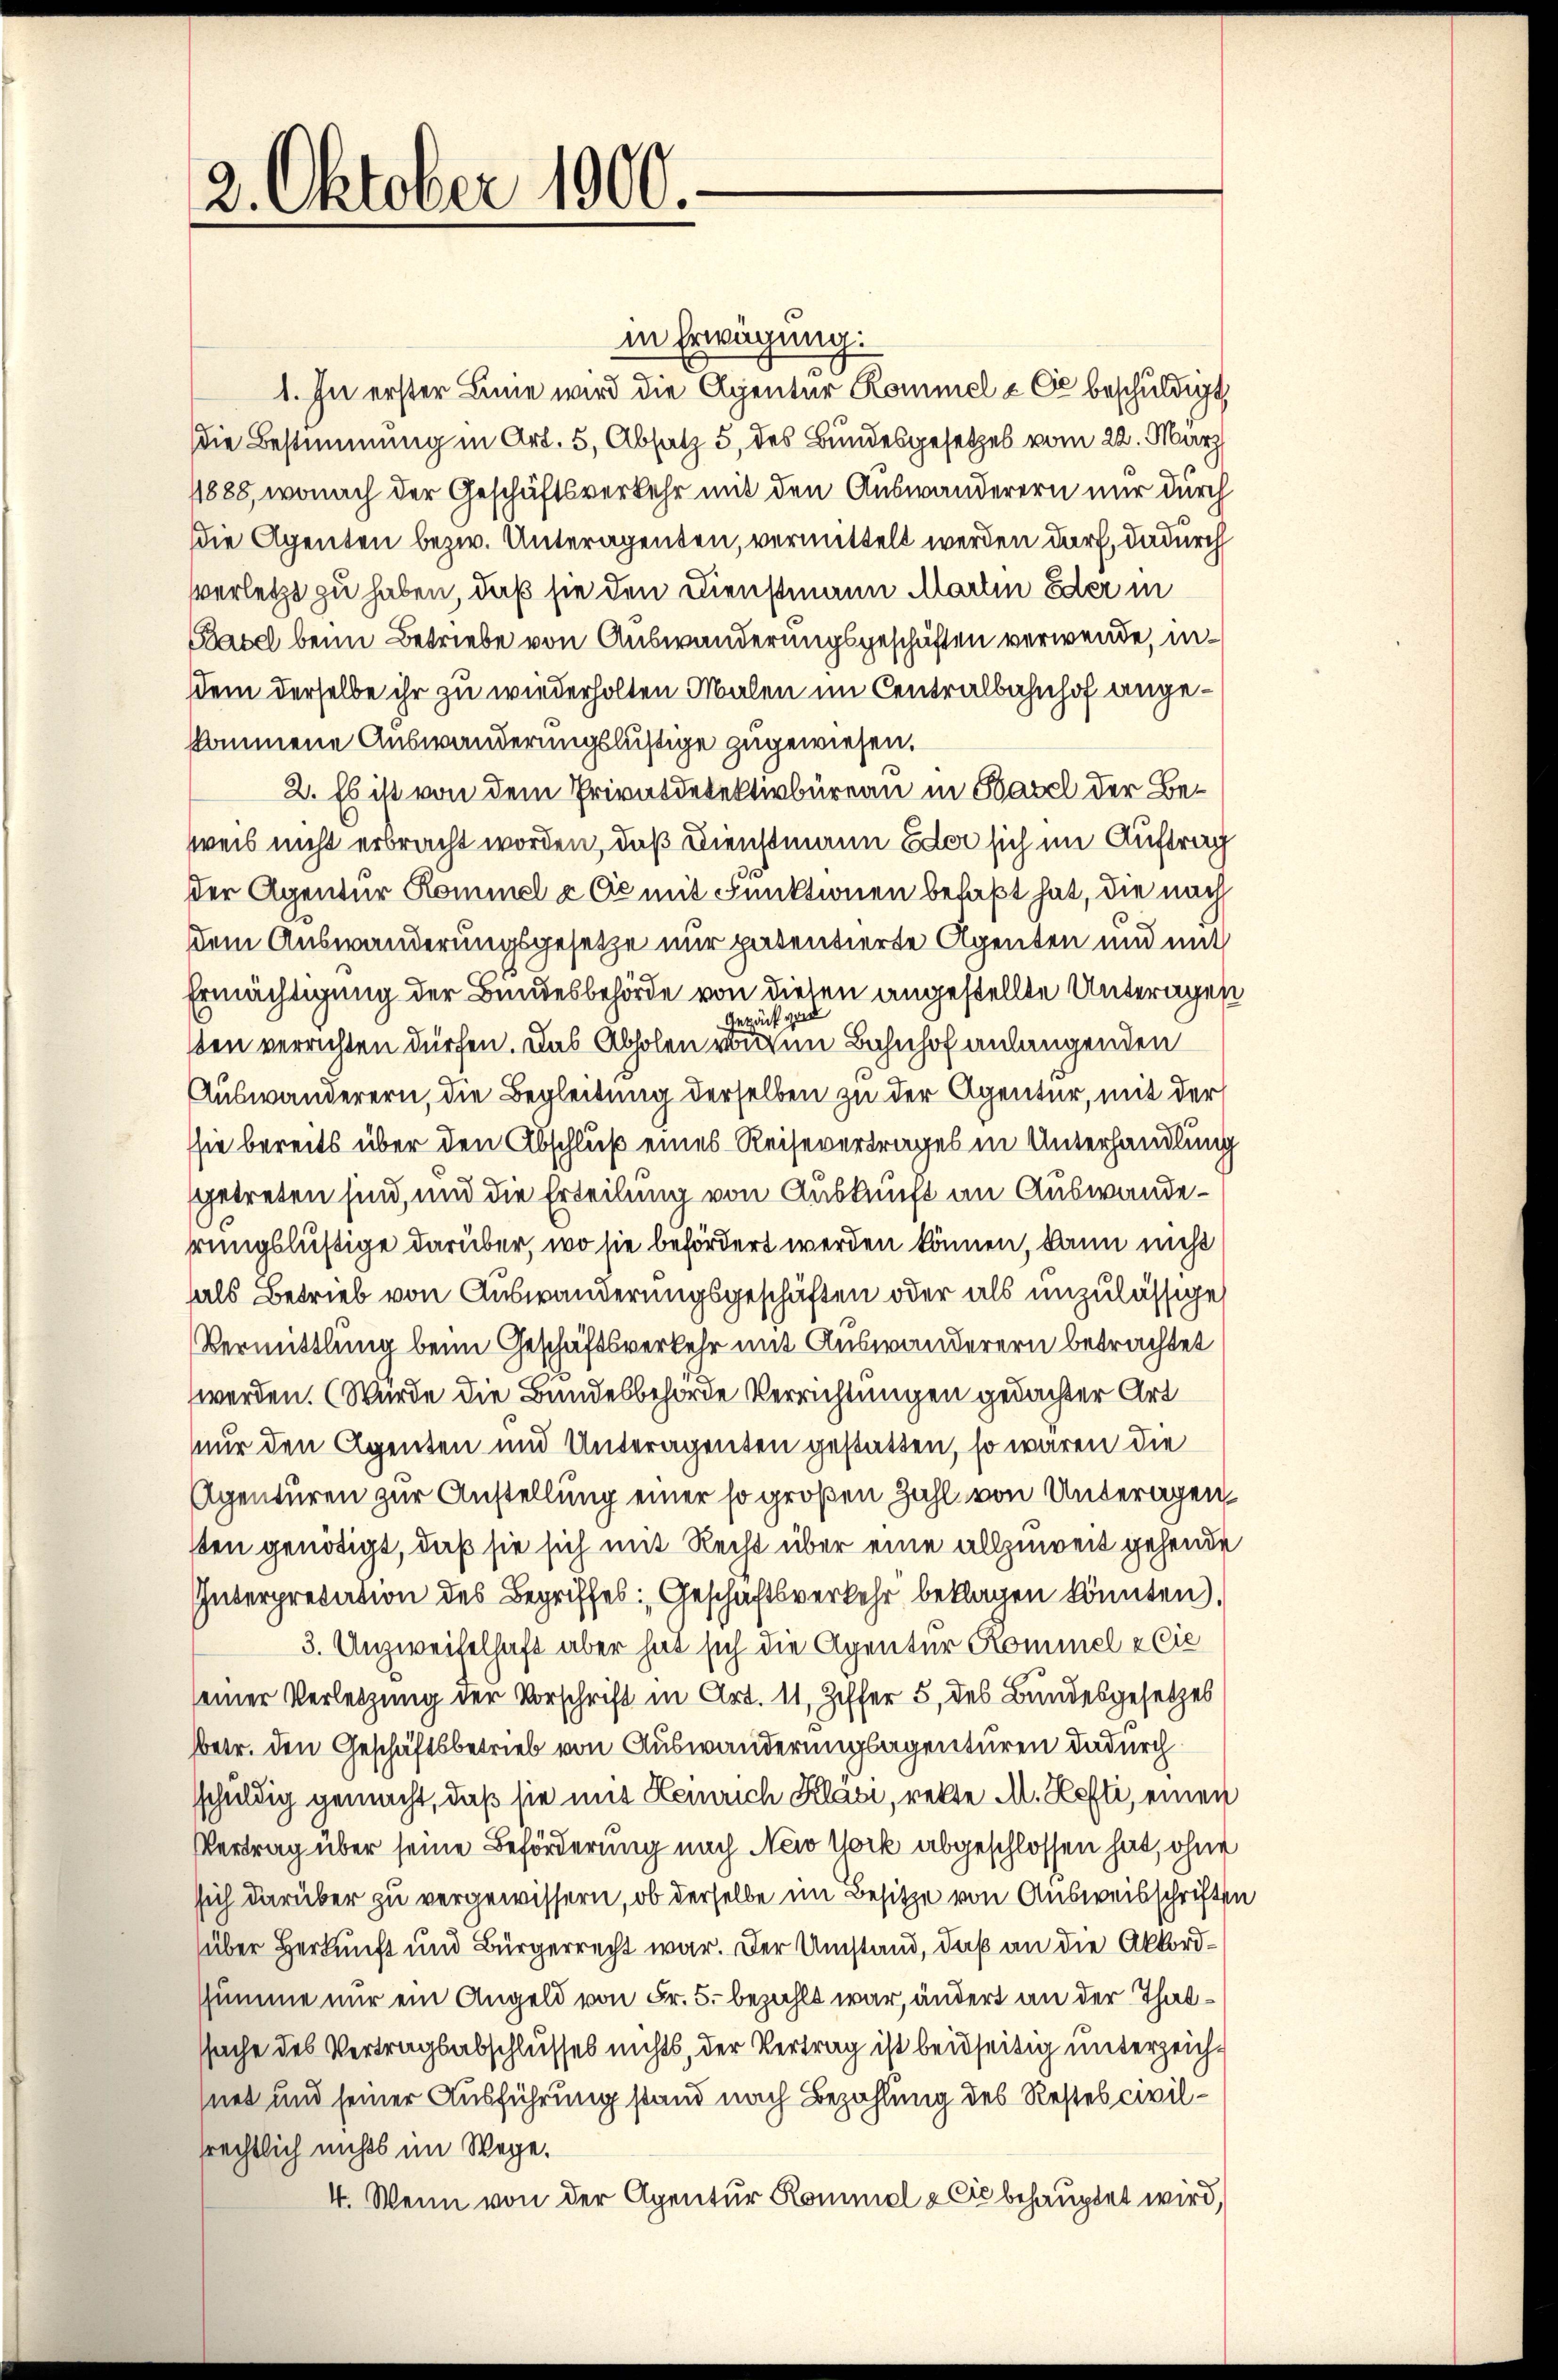
2. Oktober 1900.

in Erwägung:
1. In erster Linie wird die Agentur Kommel & Cie beschuldigt
die Bestimmung in Art. 5, Absatz 5, des Bundesgesetzes vom 22. März
1888, wonach der Geschäftsverkehr mit den Auswanderern nur durch
die Agenten bezw. Unteragenten, vermittelt werden darf, dadurch
verletzt zu haben, daß sie den Dienstmann Martin Eder in
Basel beim Betriebe von Auswanderungsgeschäften verwende, indem derselbe ihr zu wiederholten Malen im Centralbahnhof angekommene Auswanderungslustige zugewiesen.
2. Es ist von dem Privatdelektivbüreau in Basel der Beweis nicht erbracht worden, daß Dienstmann Eder sich im Auftrag
der Agentur Kommel & Cie mit Funktionen befaßt hat, die nach
dem Auswanderungsgesetze nur patentierte Agenten und mit
Ermächtigung der Bundesbehörde von diesen angestellte Unteragen
Gepäck und
sten verrichten dürfen. Das Abholen von im Bahnhof anlangenden
Auswanderern, die Begleitung derselben zu der Agentur, mit der
sie bereits über den Abschluß eines Reisevertrages in Unterhandlung
getreten sind, und die Erteilung von Auskunft an Auswanderungslustige darüber, wo sie befördert werden können, kann nicht
hals Betrieb von Auswanderungsgeschäften oder als unzulässige
Vermittlung beim Geschäftsverkehr mit Auswanderern betrachtet
werden. (Wurde die Bundesbehörde Verrichtungen gedachter Art
nur den Agenten und Unteragenten gestatten, so wären die
Agenturen zur Anstellung einer so großen Zahl von Unteragen
ten genötigt, daß sie sich mit Recht über eine allzuweit gehende
Interpretation des Begriffes Geschäftsverkehr beklagen könnten).
3. Unzweifelhaft aber hat sich die Agentur Kommel & Cie
seiner Verletzung der Vorschrift in Art. 11, Ziffer 5 des Bundesgesetzes
betr. den Geschäftsbetrieb von Auswanderungsagenturen dadurch
schuldig gemacht, daß sie mit Heinrich Klasi, rette M. Hefti, einen
Vertrag über seine Beförderung nach New York abgeschlossen hat, ohne
sich darüber zu vergewissern, ob derselbe im Besitze von Ausweisschrift
über Herkunft und Bürgerrecht war. Der Umstand, daß an die Akkordsumme nur ein Angeld von Fr. 5. bezahlt war, ändert an der Thatssache des Vertragsabschlusses nichts, der Vertrag ist beidseitig unterzeichnet und seiner Ausführung stand nach Bezahlung des Restes civilrechtlich nichts im Wege.
4. Wenn von der Agentur Kommel & Cie behauptet wird,